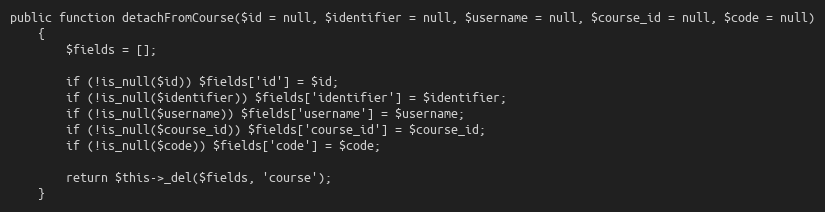
Language: PHP
public function detachFromCourse($id = null, $identifier = null, $username = null, $course_id = null, $code = null)
    {
        $fields = [];

        if (!is_null($id)) $fields['id'] = $id;
        if (!is_null($identifier)) $fields['identifier'] = $identifier;
        if (!is_null($username)) $fields['username'] = $username;
        if (!is_null($course_id)) $fields['course_id'] = $course_id;
        if (!is_null($code)) $fields['code'] = $code;

        return $this->_del($fields, 'course');
    }